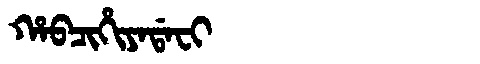
Manchu: ᡥᠠᠪᠴᡳᡥᡳᠶᠠᡩᠠᠸᡳ
Romanization: HABCIHIYADAFI